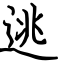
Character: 逃